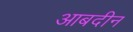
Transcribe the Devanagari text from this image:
आबदीन